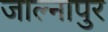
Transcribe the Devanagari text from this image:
जाल्नापुर